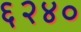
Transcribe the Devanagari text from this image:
६२४०